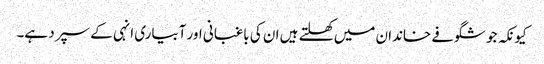
کیونکہ جو شگوفے خاندان میں کھلتے ہیں ان کی باغبانی اور آبیاری انہی کے سپرد ہے۔